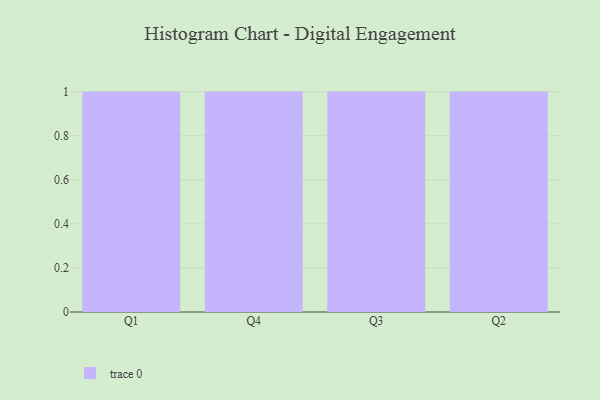
{"axis": {"x": "Quarter", "y": "Churn Rate (%)"}, "legend": [""], "data": [{"x": "Q1", "y": 92, "type": ""}, {"x": "Q4", "y": 68, "type": ""}, {"x": "Q3", "y": 42, "type": ""}, {"x": "Q2", "y": 89, "type": ""}]}